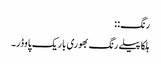
رنگ: :
ہلکا پیلے رنگ بھوری باریک پاوڈر۔